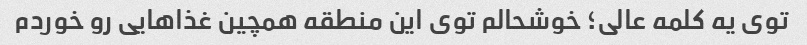
توی یه کلمه عالی؛ خوشحالم توی این منطقه همچین غذاهایی رو خوردم